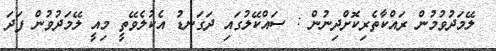
ލޭމަދުވުމުން ރައްކާތެރިކޮށްދިނުން : ސައްކޭލުގައި ދަގަނޑު އެކުލެވޭތީ މިއީ ލޭމަދުވުން ފަދަ